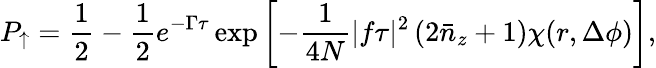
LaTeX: P_{\uparrow}=\frac{1}{2}-\frac{1}{2}e^{-\Gamma\tau}\exp\left[-\frac{1}{4N}|f\tau|^{2}\left(2\bar{n}_{z}+1\right)\chi(r,\Delta\phi)\right],